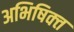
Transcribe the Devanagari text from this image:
अभिषिक्‍त